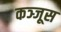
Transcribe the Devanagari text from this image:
कञ्जूस